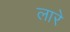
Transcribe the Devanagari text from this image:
लारे